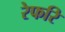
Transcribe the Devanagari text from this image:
रेफरि